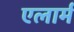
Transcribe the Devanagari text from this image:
एलार्म